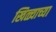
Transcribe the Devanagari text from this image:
खिळ्याच्या